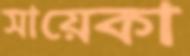
সায়েকা